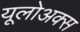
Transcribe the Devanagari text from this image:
यूलोअक्स